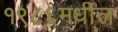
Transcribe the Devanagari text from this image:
१९८६मधील